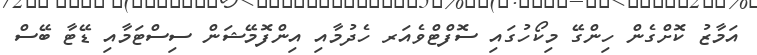
އަމާޒު ކޮށްގެން ހިންގޭ މިކޯހުގައި ސޮފްޓްވެއަރ ހެދުމާއި އިންފޮމޭޝަން ސިސްޓަމާއި ޑޭޓާ ބޭސް